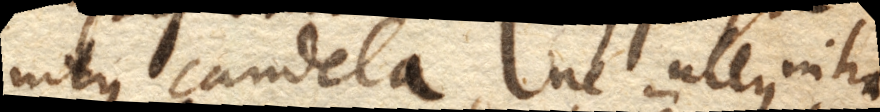
intus candela, ne ullus intra–